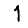
Digit: 1